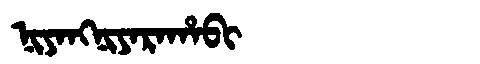
Manchu: ᠨᡳᠶᠠᠩᠨᡳᠶᠠᡵᠠᡥᠠᠪᡳ
Romanization: NIYANGNIYARAHABI